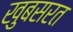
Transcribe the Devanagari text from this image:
खुबसरत